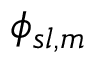
\phi _ { s l , m }